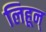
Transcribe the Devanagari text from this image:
लिहून्